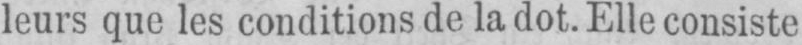
leurs que les conditions de la dot. Elle consiste